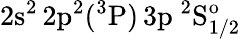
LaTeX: \mathrm{2s^{2}\, 2p^{2}(^{3}P)\, 3p~^{2}S_{1/2}^{o}}